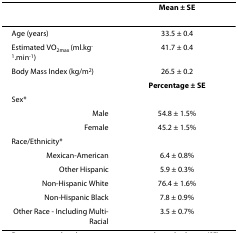
<table><thead><tr><td></td><td><b>Mean ± SE</b></td></tr></thead><tbody><tr><td>Age (years)</td><td>33.5 ± 0.4</td></tr><tr><td>Estimated VO<sub>2max </sub>(ml.kg<sup>-1</sup>.min<sup>-1</sup>)</td><td>41.7 ± 0.4</td></tr><tr><td>Body Mass Index (kg/m<sup>2</sup>)</td><td>26.5 ± 0.2</td></tr><tr><td></td><td><b>Percentage ± SE</b></td></tr><tr><td>Sex*</td><td></td></tr><tr><td>Male</td><td>54.8 ± 1.5%</td></tr><tr><td>Female</td><td>45.2 ± 1.5%</td></tr><tr><td>Race/Ethnicity*</td><td></td></tr><tr><td>Mexican-American</td><td>6.4 ± 0.8%</td></tr><tr><td>Other Hispanic</td><td>5.9 ± 0.3%</td></tr><tr><td>Non-Hispanic White</td><td>76.4 ± 1.6%</td></tr><tr><td>Non-Hispanic Black</td><td>7.8 ± 0.9%</td></tr><tr><td>Other Race - Including Multi-Racial</td><td>3.5 ± 0.7%</td></tr></tbody></table>